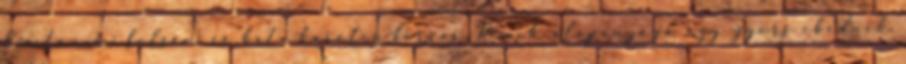
C-vitamin- folsav- és béta-karotin-forrás. Remek alapanyaga egy gyors ebédnek